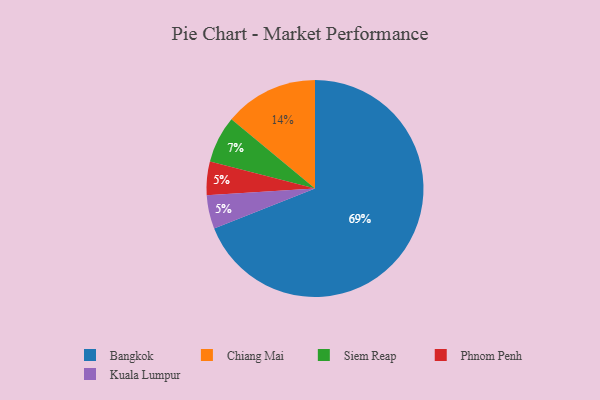
{"axis": {"x": "Category", "y": "Percentage"}, "legend": ["Bangkok", "Chiang Mai", "Kuala Lumpur", "Phnom Penh", "Siem Reap"], "data": [{"x": "Bangkok", "y": 69, "type": "Bangkok"}, {"x": "Phnom Penh", "y": 5, "type": "Phnom Penh"}, {"x": "Siem Reap", "y": 7, "type": "Siem Reap"}, {"x": "Chiang Mai", "y": 14, "type": "Chiang Mai"}, {"x": "Kuala Lumpur", "y": 5, "type": "Kuala Lumpur"}]}